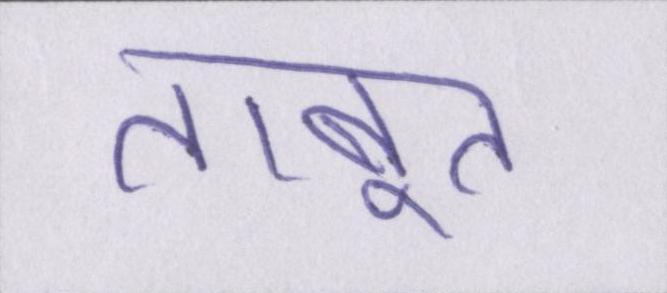
ताबूत